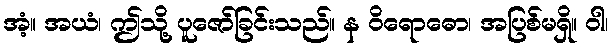
အံ့။ အယံ၊ ဤသို့ ပူဇော်ခြင်းသည်။ န ဝိရောဓော၊ အပြစ်မရှိ။ ဝါ၊